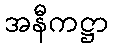
အနီကဋ္ဌာ